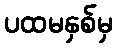
ပထမနှစ်မှ